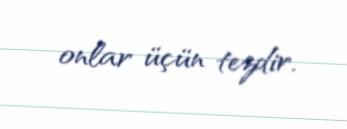
onlar üçün tezdir.